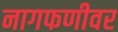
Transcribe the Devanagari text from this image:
नागफणीवर